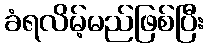
ခံရလိမ့်မည်ဖြစ်ပြီး